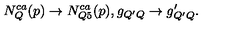
N _ { Q } ^ { c a } ( p ) \rightarrow N _ { Q 5 } ^ { c a } ( p ) , g _ { Q ^ { \prime } Q } \rightarrow g _ { Q ^ { \prime } Q } ^ { \prime } .